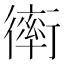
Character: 𧗿